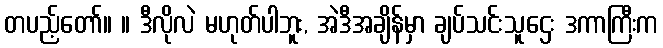
တပည့်တော်။ ။ ဒီလိုလဲ မဟုတ်ပါဘူး, အဲဒီအချိန်မှာ ချပ်သင်းသူဌေး ဒကာကြီးက